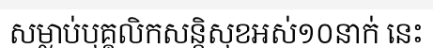
សម្លាប់បុគ្គលិកសន្តិសុខអស់១០នាក់ នេះ